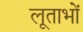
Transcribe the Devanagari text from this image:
लूताभों